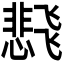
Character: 𬲊